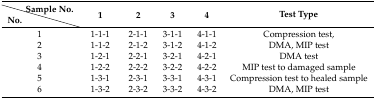
|  | Sample No. | <ROWSPAN=2> 1 | <ROWSPAN=2> 2 | <ROWSPAN=2> 3 | <ROWSPAN=2> 4 | <ROWSPAN=2> Test Type |
 | No. |  |
 | --- | --- | --- | --- | --- | --- | --- |
 | <COLSPAN=2> 1 | 1-1-1 | 2-1-1 | 3-1-1 | 4-1-1 | Compression test, |
 | <COLSPAN=2> 2 | 1-1-2 | 2-1-2 | 3-1-2 | 4-1-2 | DMA, MIP test |
 | <COLSPAN=2> 3 | 1-2-1 | 2-2-1 | 3-2-1 | 4-2-1 | DMA test |
 | <COLSPAN=2> 4 | 1-2-2 | 2-2-2 | 3-2-2 | 4-2-2 | MIP test to damaged sample |
 | <COLSPAN=2> 5 | 1-3-1 | 2-3-1 | 3-3-1 | 4-3-1 | Compression test to healed sample |
 | <COLSPAN=2> 6 | 1-3-2 | 2-3-2 | 3-3-2 | 4-3-2 | DMA, MIP test |